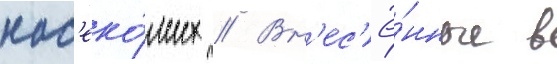
нас'еко́мых // Вн'ес'ё́нные в